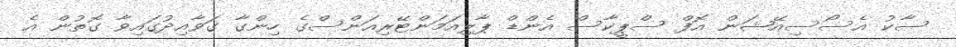
ސާކު އެސޯސިއޭޝަން އޮފް ސްޕީކާސް އެންޑް ޕާލިއަމަންޓޭރިއަންސްގެ ހިންގާ ގަވާއިދުގައިވާ ގޮތުން އެ